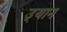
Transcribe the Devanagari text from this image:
उ्यान